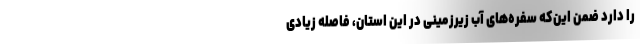
را دارد ضمن این‌که سفره‌های آب زیرزمینی در این استان، فاصله زیادی